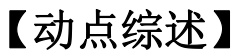
【动点综述】